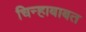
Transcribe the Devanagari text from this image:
चिन्हाबाबत